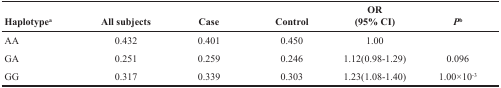
<table><thead><tr><td><b>Haplotype<sup>a</sup></b></td><td><b>All subjects</b></td><td><b>Case</b></td><td><b>Control</b></td><td><b>OR(95% CI)</b></td><td><b><i>P</i><sup>b</sup></b></td></tr></thead><tbody><tr><td>AA</td><td>0.432</td><td>0.401</td><td>0.450</td><td>1.00</td><td></td></tr><tr><td>GA</td><td>0.251</td><td>0.259</td><td>0.246</td><td>1.12(0.98-1.29)</td><td>0.096</td></tr><tr><td>GG</td><td>0.317</td><td>0.339</td><td>0.303</td><td>1.23(1.08-1.40)</td><td>1.00×10<sup>−3</sup></td></tr></tbody></table>